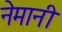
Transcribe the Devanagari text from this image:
नेमानी